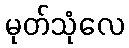
မုတ်သုံလေ